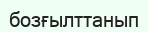
бозғылттанып